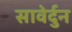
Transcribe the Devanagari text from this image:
सावेर्दुन